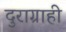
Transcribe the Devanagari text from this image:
दुराग्राही